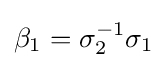
\beta _{1}=\sigma _{2}^{-1}\sigma _{1}